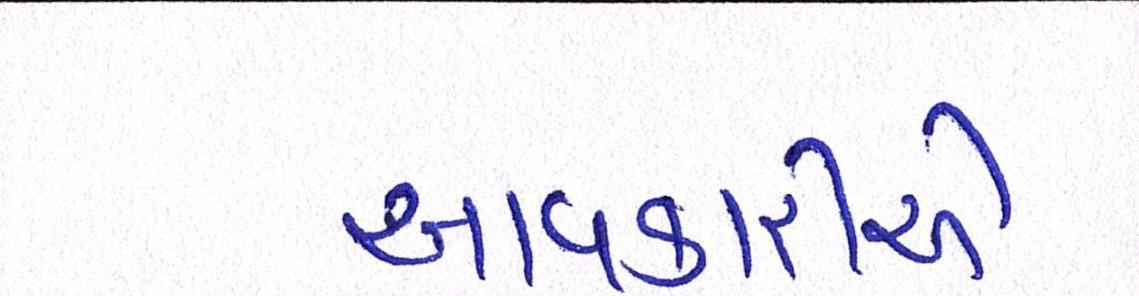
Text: આવકારીએ